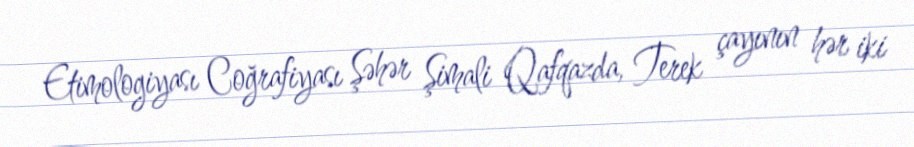
Etimologiyası Coğrafiyası Şəhər Şimali Qafqazda, Terek çayının hər iki